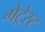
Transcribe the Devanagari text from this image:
गेट्रेस्ट